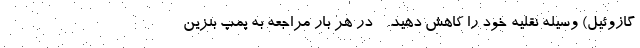
گازوئیل) وسیله نقلیه خود را کاهش دهید. - در هر بار مراجعه به پمپ بنزین